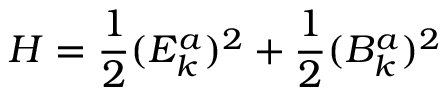
{ \cal H } = \frac 1 2 ( E _ { k } ^ { a } ) ^ { 2 } + \frac 1 2 ( B _ { k } ^ { a } ) ^ { 2 }